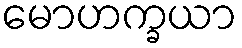
မောဟက္ခယာ